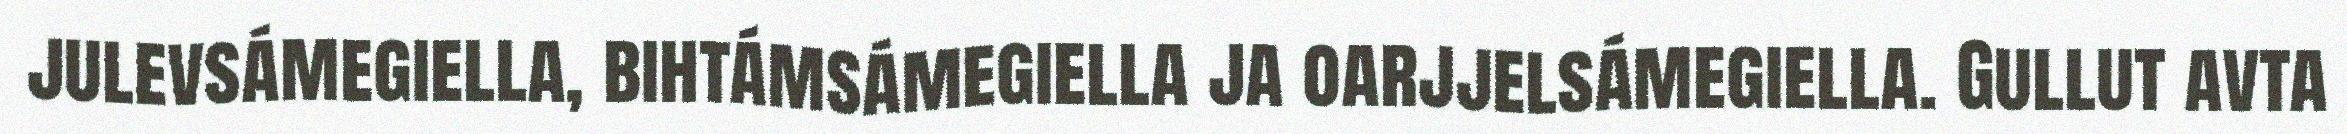
julevsámegiella, bihtámsámegiella ja oarjjelsámegiella. Gullut avta